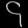
Digit: ၄